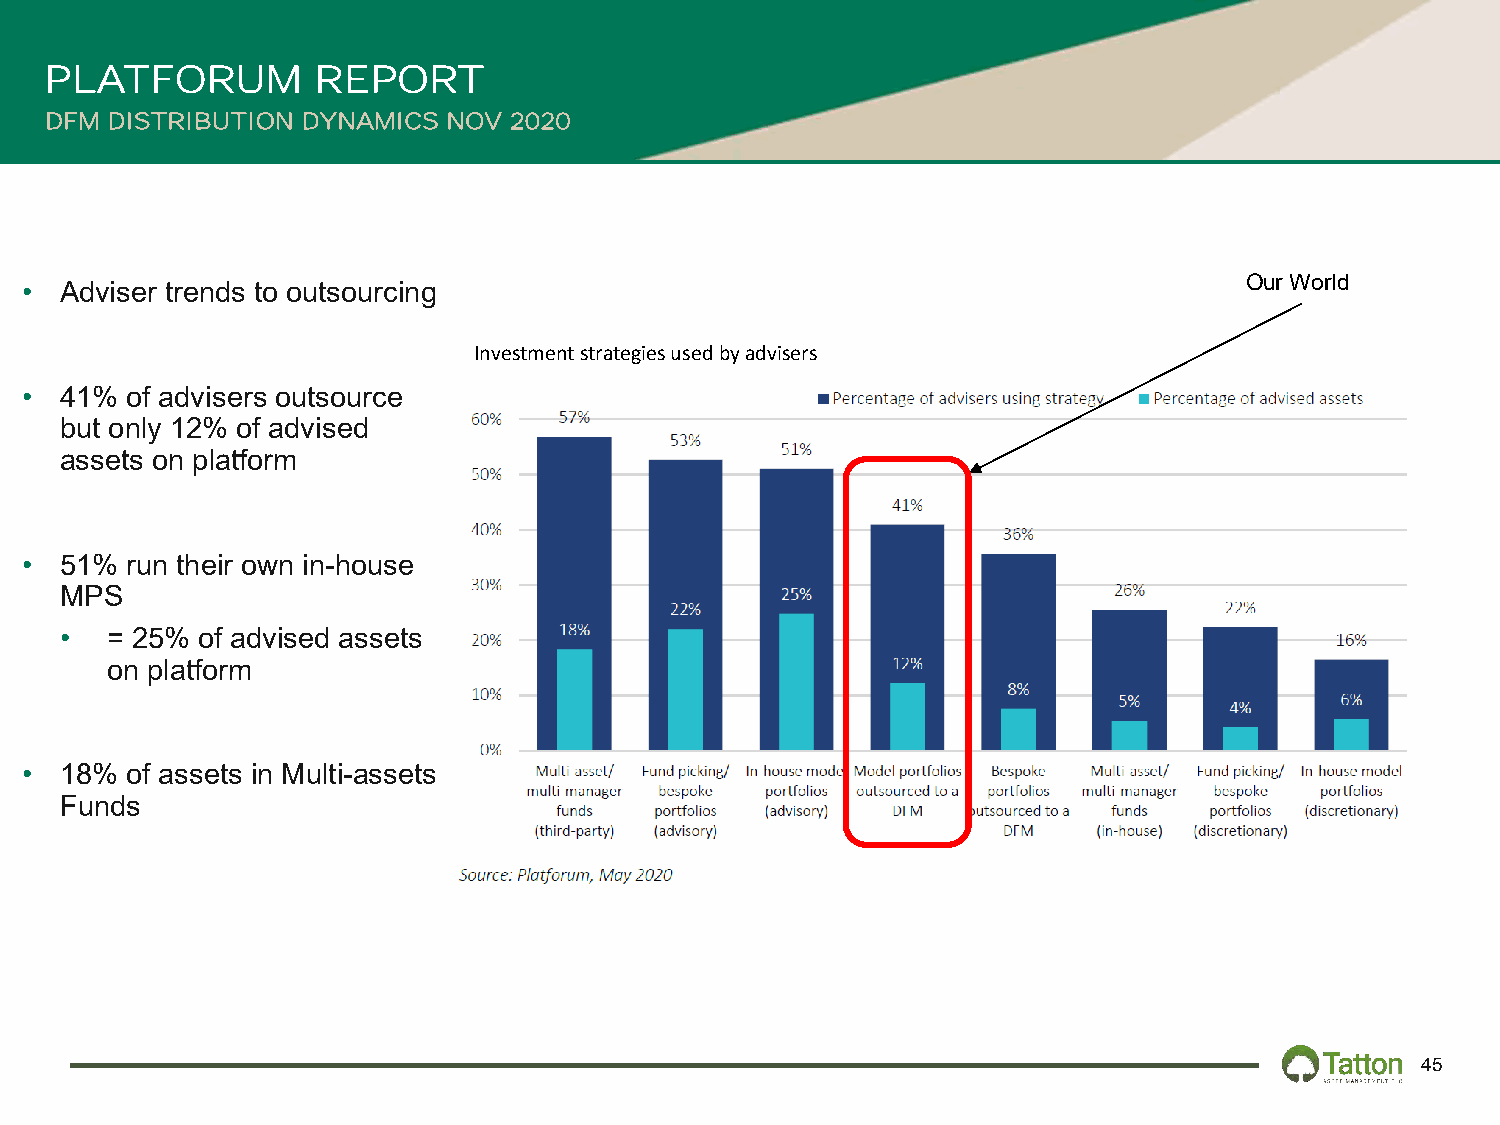
PLATFORUM         REPORT
 DFM DISTRIBUTION DYNAMICS  NOV 2020
 Our World
 •  Adviser trends to outsourcing
 Investment strategies used by advisers
 •  41% of advisers outsource
 but only 12% of advised
 assets on platform
 •  51% run their own in-house
 MPS
 •  = 25% of advised assets
 on platform
 •  18% of assets in Multi-assets
 Funds
 45